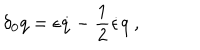
\delta _ { 0 } q = \epsilon \dot { q } - { \frac { 1 } { 2 } } \dot { \epsilon } q \ ,